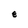
Character: e